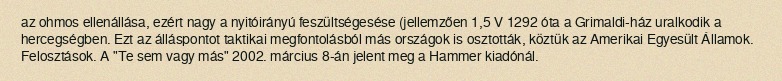
az ohmos ellenállása, ezért nagy a nyitóirányú feszültségesése (jellemzően 1,5 V 1292 óta a Grimaldi-ház uralkodik a hercegségben. Ezt az álláspontot taktikai megfontolásból más országok is osztották, köztük az Amerikai Egyesült Államok. Felosztások. A "Te sem vagy más" 2002. március 8-án jelent meg a Hammer kiadónál.